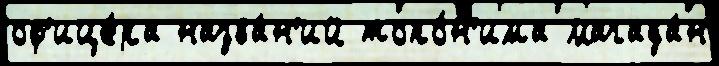
оф'ице́ра назва́н'ий топо́н'има Магада́н